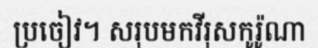
ប្រចៀវ។ សរុបមកវីរុសកូរ៉ូណា